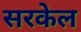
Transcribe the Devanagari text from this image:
सरकेल